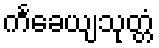
ကင်္ခေယျသုတ္တံ